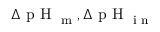
\Delta \textrm { p H } _ { { \textrm { m } } } , \Delta \textrm { p H } _ { { \textrm { i n } } }